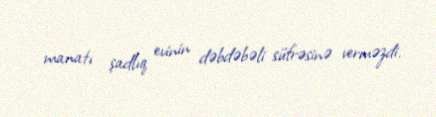
manatı şadlıq evinin dəbdəbəli süfrəsinə verməzdi.